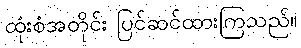
ထုံးစံအတိုင်း ပြင်ဆင်ထားကြသည်။